Vaccination in Bombay 1869-1873 - 1869-1873
Year: 1869
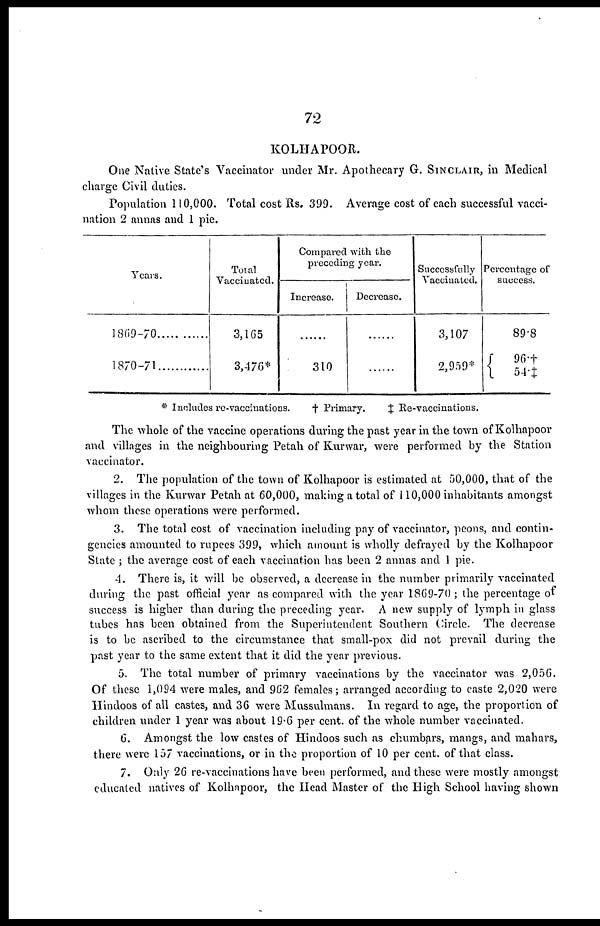
72
KOLHAPOOR.
One Native State's Vaccinator under Mr. Apothecary G. SINCLAIR, in Medical
charge Civil duties.
Population 110,000. Total cost Rs. 399. Average cost of each successful vacci-
nation 2 annas and 1 pie.
Years.
1869-70
1870-71
Total
Vaccinated.
3,165
3,476*
Compared with the
preceding year.
Increase.
......
310
Decrease.
......
......
Successfully
Vaccinated.
3,107
2,959*
Percentage of
success.
89.8
96.†
54.‡
* Includes re-vaccinations.
† Primary.
‡ Re-vaccinations.
The whole of the vaccine operations during the past year in the town of Kolhapoor
and villages in the neighbouring Petah of Kurwar, were performed by the Station
vaccinator.
2. The population of the town of Kolhapoor is estimated at 50,000, that of the
villages in the Kurwar Petah at 60,000, making a total of 110,000 inhabitants amongst
whom these operations were performed.
3. The total cost of vaccination including pay of vaccinator, peons, and contin-
gencies amounted to rupees 399, which amount is wholly defrayed by the Kolhapoor
State ; the average cost of each vaccination has been 2 annas and 1 pie.
4. There is, it will be observed, a decrease in the number primarily vaccinated
during the past official year as compared with the year 1869-70; the percentage of
success is higher than during the preceding year. A new supply of lymph in glass
tubes has been obtained from the Superintendent Southern Circle. The decrease
is to be ascribed to the circumstance that small-pox did not prevail during the
past year to the same extent that it did the year previous.
5. The total number of primary vaccinations by the vaccinator was 2,056.
Of these 1,094 were males, and 962 females; arranged according to caste 2,020 were
Hindoos of all castes, and 36 were Mussulmans. In regard to age, the proportion of
children under 1 year was about 19.6 per cent. of the whole number vaccinated.
6. Amongst the low castes of Hindoos such as chumbars, mangs, and mahars,
there were 157 vaccinations, or in the proportion of 10 per cent. of that class.
7. Only 26 re-vaccinations have been performed, and these were mostly amongst
educated natives of Kolhapoor, the Head Master of the High School having shown